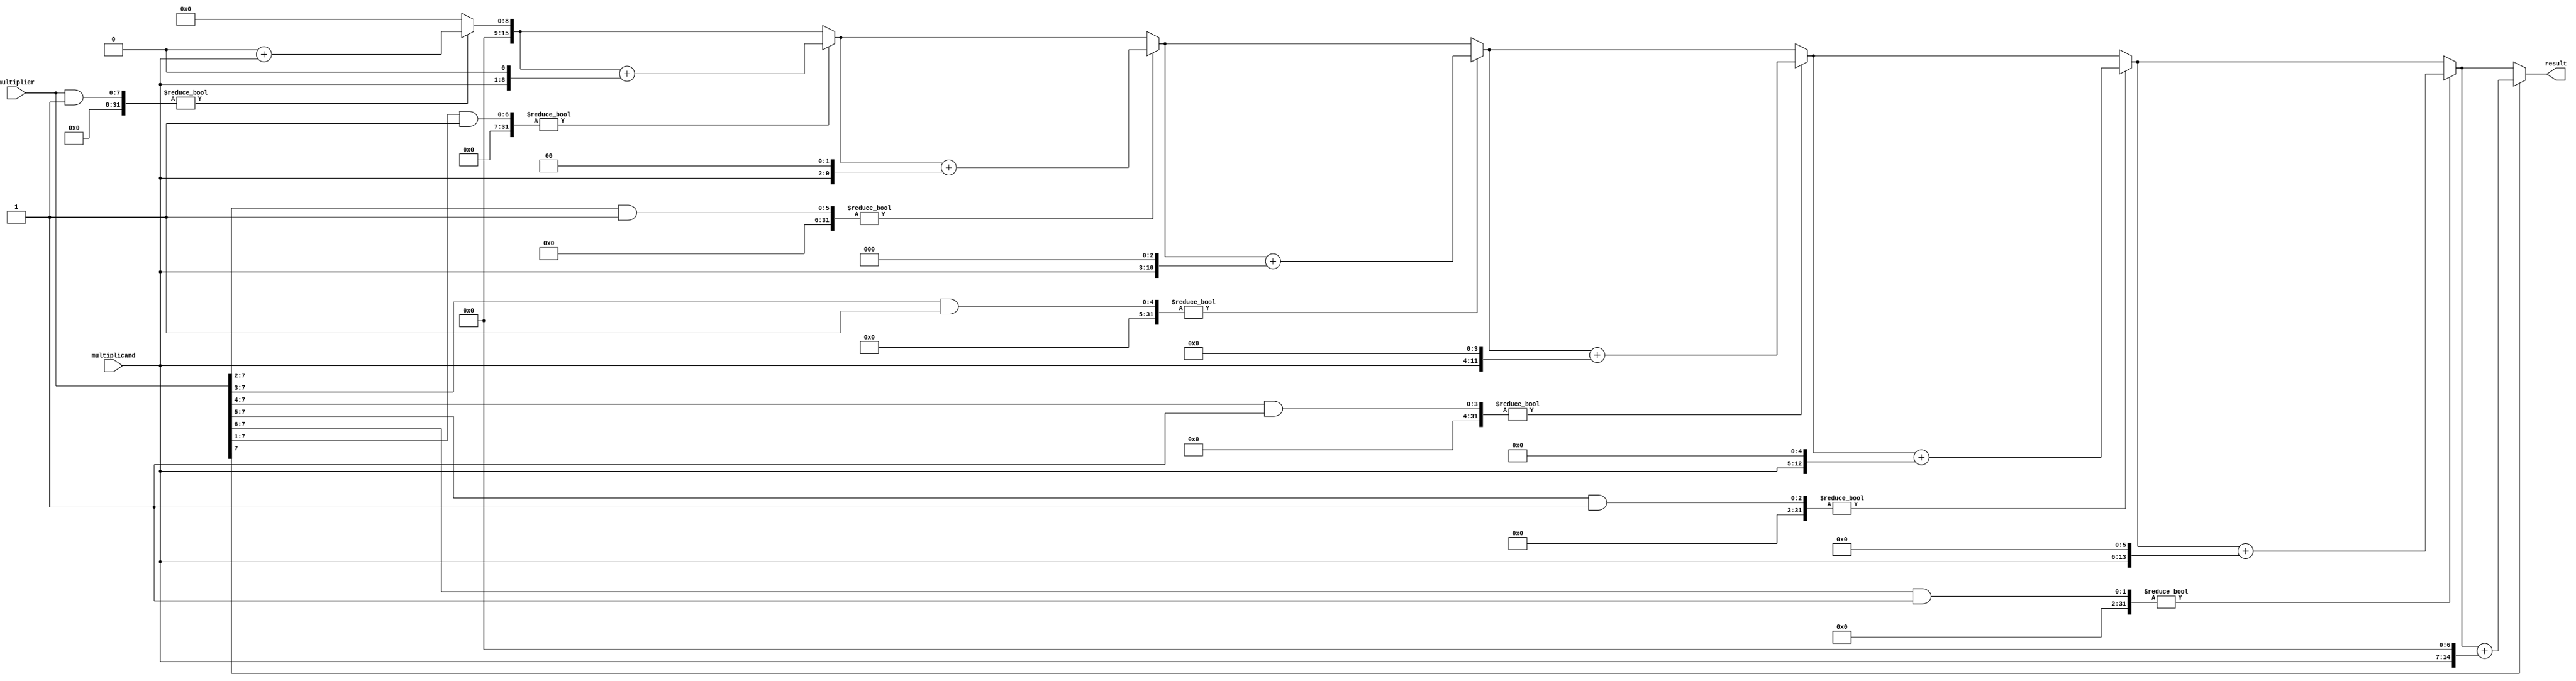
module shift_add_multiplier (
    input wire [7:0] multiplicand,
    input wire [7:0] multiplier,
    output reg [15:0] result
);
    
    reg [7:0] m;
    reg [15:0] p;
    reg [3:0] count;
    
    always @(*) begin
        p = 16'b0;
        m = multiplier;
        for(count = 0; count < 8; count = count + 1) begin
            if(m & 1) begin
                p = p + (multiplicand << count);
            end
            m = m >> 1;
        end
    end
    
    assign result = p;
    
endmodule